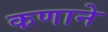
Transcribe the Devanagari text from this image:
कणाने